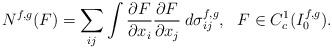
LaTeX: \begin{align*}N^{f,g}(F)=\sum_{ij}\int\frac{\partial F}{\partial x_i}\frac{\partial F}{\partial x_j}\:d\sigma_{ij}^{f,g}, \ \ F\in C_c^1(I^{f,g}_0).\end{align*}